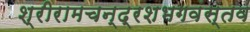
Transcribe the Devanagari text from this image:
श्रीरामचन्द्रशभगवंस्तव